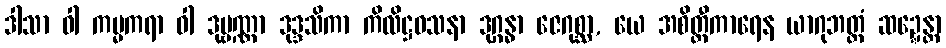
ဒါသာ ဝါ ကမ္မကရာ ဝါ ဒုဗ္ဗဏ္ဏာ ဒုဒ္ဒသိကာ ကိလိဋ္ဌဝသနာ ဒုဂ္ဂန္ဓာ ဇေဂုစ္ဆာ, ယေ အစိတ္တီကာရေန ယာဂုဘတ္တံ ဆဍ္ဍေန္တာ